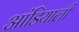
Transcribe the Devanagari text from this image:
आंडियाली